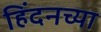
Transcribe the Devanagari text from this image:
हिंदनच्या